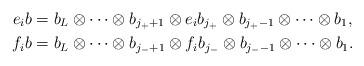
LaTeX: \begin{align*}e_i b &= b_L \otimes \cdots \otimes b_{j_++1} \otimes e_ib_{j_+} \otimes b_{j_+-1} \otimes \cdots \otimes b_1, \\f_i b &= b_L \otimes \cdots \otimes b_{j_-+1} \otimes f_ib_{j_-} \otimes b_{j_--1} \otimes \cdots \otimes b_1.\end{align*}